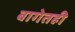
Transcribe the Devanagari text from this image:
बागेतही